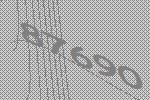
87690